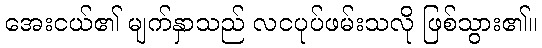
အေးငယ်၏ မျက်နှာသည် လငပုပ်ဖမ်းသလို ဖြစ်သွား၏။